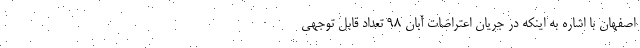
اصفهان با اشاره به اینکه در جریان اعتراضات آبان ۹۸ تعداد قابل توجهی